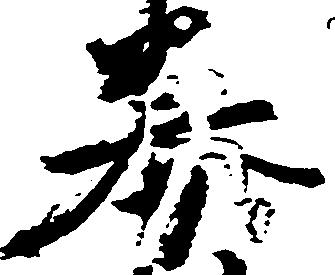
券